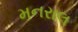
મનરાલ